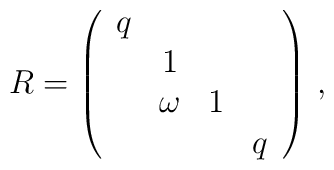
R = \left(\begin{array}{cccc}q &  & & \\& 1 & & \\& \omega & 1 &\\& & & q\end{array}\right) \, ,